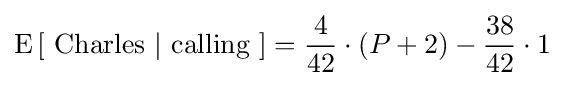
\operatorname {E} \left[{\mbox{ Charles }}|{\mbox{ calling }}\right]={\frac {4}{42}}\cdot (P+2)-{\frac {38}{42}}\cdot 1